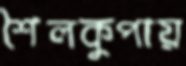
শৈলকুপায়